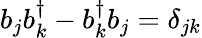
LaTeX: {b}_{j}{b}_{k}^{\dagger}-{b}_{k}^{\dagger}{b}_{j}=\delta_{jk}